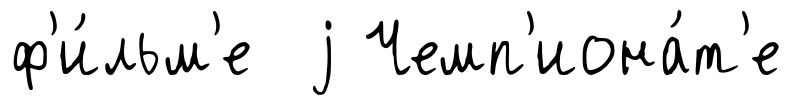
ф'и́льм'е j Чемп'иона́т'е